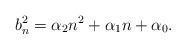
LaTeX: \begin{align*}b^2_n=\alpha_2 n^2+\alpha_1 n+\alpha_0.\end{align*}